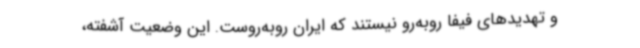
و تهدیدهای فیفا روبه‌رو نیستند که ایران روبه‌روست. این وضعیت آشفته،